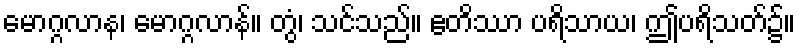
မောဂ္ဂလာန၊ မောဂ္ဂလာန်။ တွံ၊ သင်သည်။ ဧတိဿာ ပရိသာယ၊ ဤပရိသတ်၌။